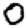
Digit: 0